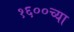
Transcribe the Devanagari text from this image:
१६००च्या